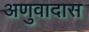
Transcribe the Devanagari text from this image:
अणुवादास